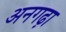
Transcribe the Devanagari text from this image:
अनगढ़ा